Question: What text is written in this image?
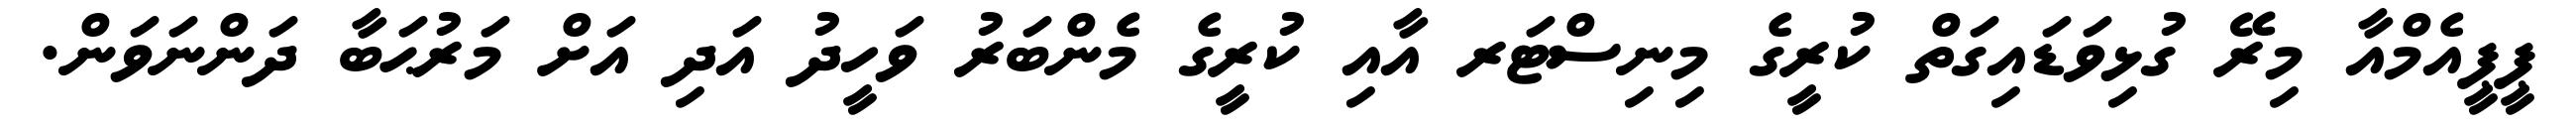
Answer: ޕީޕީއެމްއާ މިރޭ ގުޅިވަޑައިގަތް ކުރީގެ މިނިސްޓަރ އާއި ކުރީގެ މެންބަރު ވަހީދު އަދި އަށް މަރުޙަބާ ދަންނަވަން.